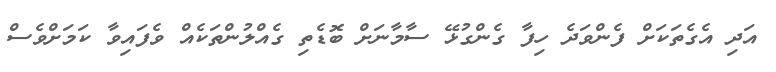
އަދި އެގެތަކަށް ފެންވަދެ ހިފާ ގެންގުޅޭ ސާމާނަށް ބޮޑެތި ގެއްލުންތަކެއް ވެފައިވާ ކަމަށްވެސް